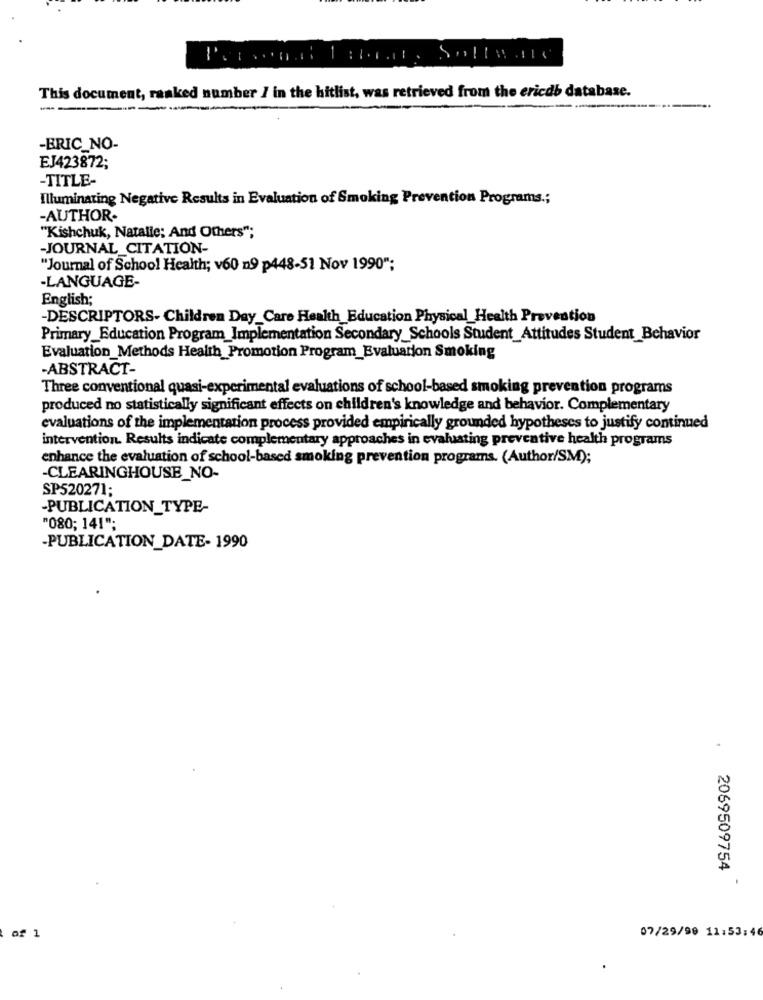
This document, ranked number / in the hitlist, was retrieved from the ericdb database.
-BRIC_NO-
EJ423872;
-TITLE-
Illuminating Negative Results in Evaluation of Smoking Prevention Programs .;
-AUTHOR.
"Kishchuk, Natalie; And Others";
-JOURNAL CITATION-
""Journal of School Health; v60 n9 p448-51 Nov 1990";
-LANGUAGE-
English;
-DESCRIPTORS- Children Day_Care Health_Education Physical_Health Prevention
Primary_Education Program_Implementation Secondary Schools Student_Attitudes Student_Behavior
Evaluation_Methods Health Promotion Program_Evaluarion Smoking
-ABSTRACT-
Three conventional quasi-experimental evaluations of school-based smoking prevention programs
produced no statistically significant effects on children's knowledge and behavior. Complementary
evaluations of the implementation process provided empirically grounded hypotheses to justify continued
intervention. Results indicate complementary approaches in evaluating preventive health programs
enhance the evaluation of school-based smoking prevention programs. (Author/SM);
-CLEARINGHOUSE_NO-
SP520271;
-PUBLICATION_TYPE-
"080; 141";
-PUBLICATION_DATE- 1990
.
2069509754
07/29/99 11:53:46
of 1